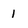
Character: 1